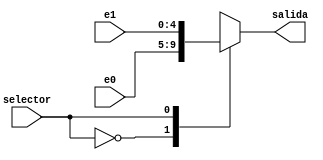
module mux2(
	input selector,
	input [4:0]e0,
	input [4:0]e1,
	output reg [4:0] salida
);

always@(*)
begin
	case (selector)
		1'b0: salida = e0;
		1'b1: salida = e1;
	endcase
end

endmodule